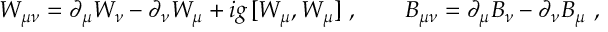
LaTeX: W _ { \mu \nu } = \partial _ { \mu } W _ { \nu } - \partial _ { \nu } W _ { \mu } + i g \, [ W _ { \mu } , W _ { \mu } ] \ , \qquad B _ { \mu \nu } = \partial _ { \mu } B _ { \nu } - \partial _ { \nu } B _ { \mu } \ ,